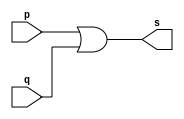
// ------------------------- 
// Exemplo0004 - OR 
// Nome: Julio Miranda Machado
// ------------------------- 
// ------------------------- 
// -- or gate 
// ------------------------- 
module orgate ( output s, 
input p, q); 
assign s = p | q; 
endmodule // orgate 
// --------------------- 
// -- test or gate 
// --------------------- 
module testorgate; 
// ------------------------- dados locais 
reg a, b; // definir registradores 
wire s; // definir conexao (fio) 
// ------------------------- instancia 
orgate OR1 (s, a, b); 
// ------------------------- preparacao 
initial begin:start 
a=0; b=0; 
end 
// ------------------------- parte principal 
initial begin 
$display("Exemplo0004 - Julio Miranda Machado- 435666-7"); 
$display("Test OR gate"); 
$display("\na & b = s\n"); 
a=0; b=0; 
#1 $display("%b & %b = %b", a, b, s); 
a=0; b=1; 
#1 $display("%b & %b = %b", a, b, s); 
a=1; b=0; 
#1 $display("%b & %b = %b", a, b, s); 
a=1; b=1; 
#1 $display("%b & %b = %b", a, b, s); 
end 
endmodule // testorgate